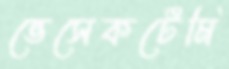
ভেসেকটেমি